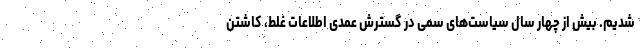
شدیم. بیش از چهار سال سیاست‌های سمی در گسترش عمدی اطلاعات غلط، کاشتن